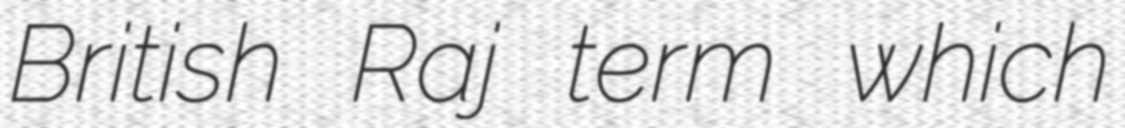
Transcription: British Raj term which